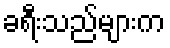
ခရီးသည်များက